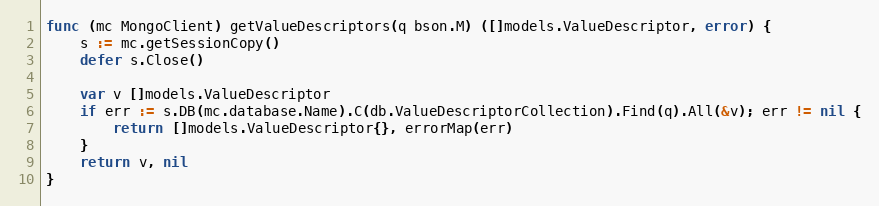
Language: Go
func (mc MongoClient) getValueDescriptors(q bson.M) ([]models.ValueDescriptor, error) {
	s := mc.getSessionCopy()
	defer s.Close()

	var v []models.ValueDescriptor
	if err := s.DB(mc.database.Name).C(db.ValueDescriptorCollection).Find(q).All(&v); err != nil {
		return []models.ValueDescriptor{}, errorMap(err)
	}
	return v, nil
}